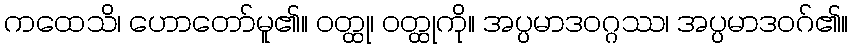
ကထေသိ၊ ဟောတော်မူ၏။ ဝတ္ထု၊ ဝတ္ထုကို။ အပ္ပမာဒဝဂ္ဂဿ၊ အပ္ပမာဒဝဂ်၏။